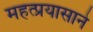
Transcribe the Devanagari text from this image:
महत्प्रयासाने